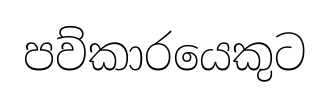
පව්කාරයෙකුට